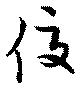
佼